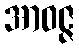
အာဝဇ္ဇ